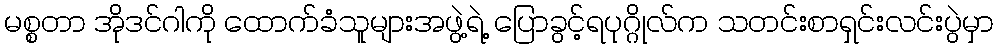
မစ္စတာ အိုဒင်ဂါကို ထောက်ခံသူများအဖွဲ့ရဲ့ ပြောခွင့်ရပုဂ္ဂိုလ်က သတင်းစာရှင်းလင်းပွဲမှာ